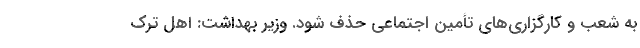
به شعب و کارگزاری‌های تأمین اجتماعی حذف شود. وزیر بهداشت: اهل ترک